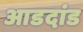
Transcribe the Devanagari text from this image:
आडदांड